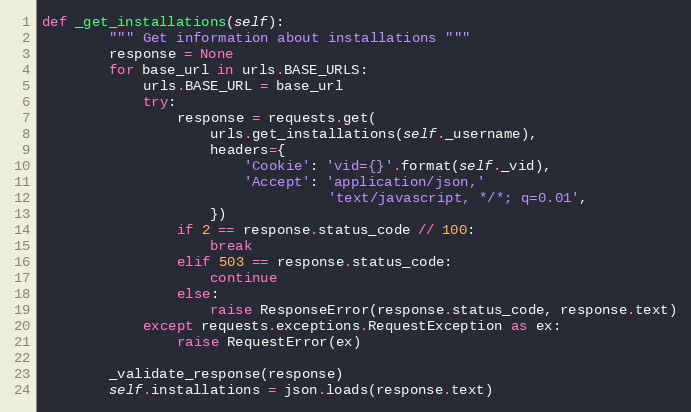
Language: Python
def _get_installations(self):
        """ Get information about installations """
        response = None
        for base_url in urls.BASE_URLS:
            urls.BASE_URL = base_url
            try:
                response = requests.get(
                    urls.get_installations(self._username),
                    headers={
                        'Cookie': 'vid={}'.format(self._vid),
                        'Accept': 'application/json,'
                                  'text/javascript, */*; q=0.01',
                    })
                if 2 == response.status_code // 100:
                    break
                elif 503 == response.status_code:
                    continue
                else:
                    raise ResponseError(response.status_code, response.text)
            except requests.exceptions.RequestException as ex:
                raise RequestError(ex)

        _validate_response(response)
        self.installations = json.loads(response.text)